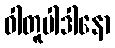
ဝါတူပါဒါနော